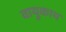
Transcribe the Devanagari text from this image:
वायुकाय